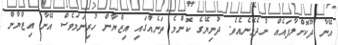
އޭނާ ދޫކޮށްލާފައެއް ނުދެވޭނެއެވެ. ދުނިޔޭގެ ކޮންމެ ތަނެއްގައި އިޒްޔާން ހުރިނަމަވެސް އޭނާ އިޒްޔާން